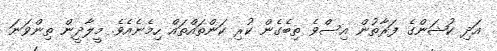
އަދި ކުޝަންގެ ފަރާތުން އިސްވެ ތިބެގެން ކުރި ކަންތައްތައް ހިމެނެއެވެ. މީލާދީން ތިންވަނަ